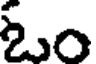
ఓం